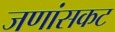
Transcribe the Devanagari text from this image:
जणांसकट